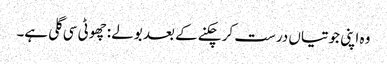
وہ اپنی جوتیاں درست کر چکنے کے بعد بولے :چھوٹی سی گلی ہے۔